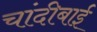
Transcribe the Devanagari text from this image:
चांदीबाई